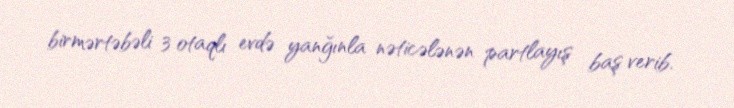
birmərtəbəli 3 otaqlı evdə yanğınla nəticələnən partlayış baş verib.